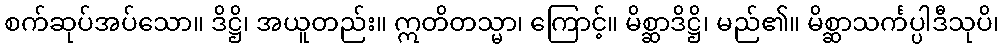
စက်ဆုပ်အပ်သော။ ဒိဋ္ဌိ၊ အယူတည်း။ ဣတိတသ္မာ၊ ကြောင့်။ မိစ္ဆာဒိဋ္ဌိ၊ မည်၏။ မိစ္ဆာသင်္ကပ္ပါဒီသုပိ၊